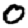
Digit: 0